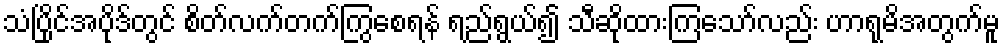
သံပြိုင်အပိုဒ်တွင် စိတ်လက်တက်ကြွစေရန် ရည်ရွယ်၍ သီဆိုထားကြသော်လည်း ဟာရုမိအတွက်မူ